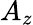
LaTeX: A_{z}